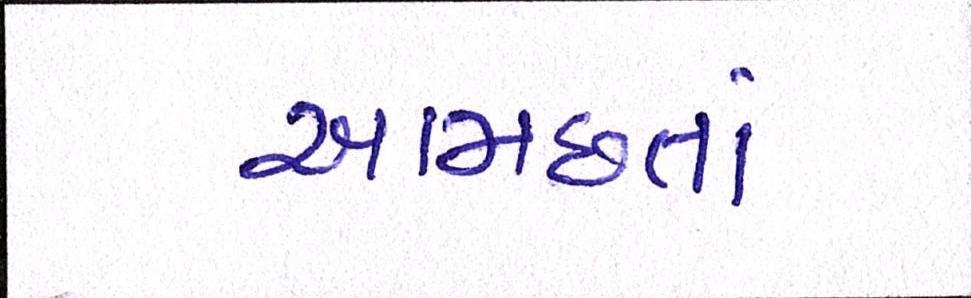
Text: આમછતાં